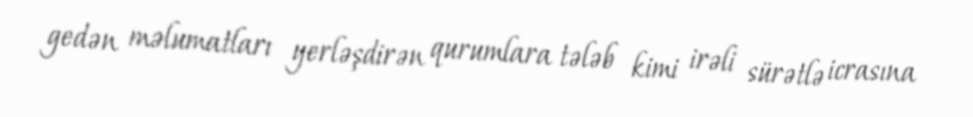
gedən məlumatları yerləşdirən qurumlara tələb kimi irəli sürətlə icrasına